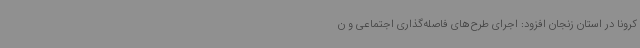
کرونا در استان زنجان افزود: اجرای طرح‌های فاصله‌گذاری اجتماعی و ن